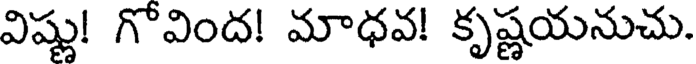
విష్ణు! గొవింద! మాధవ! కృష్ణయనుచు.